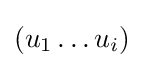
(u_{1}\ldots u_{i})